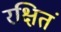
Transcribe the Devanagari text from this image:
रक्षितं